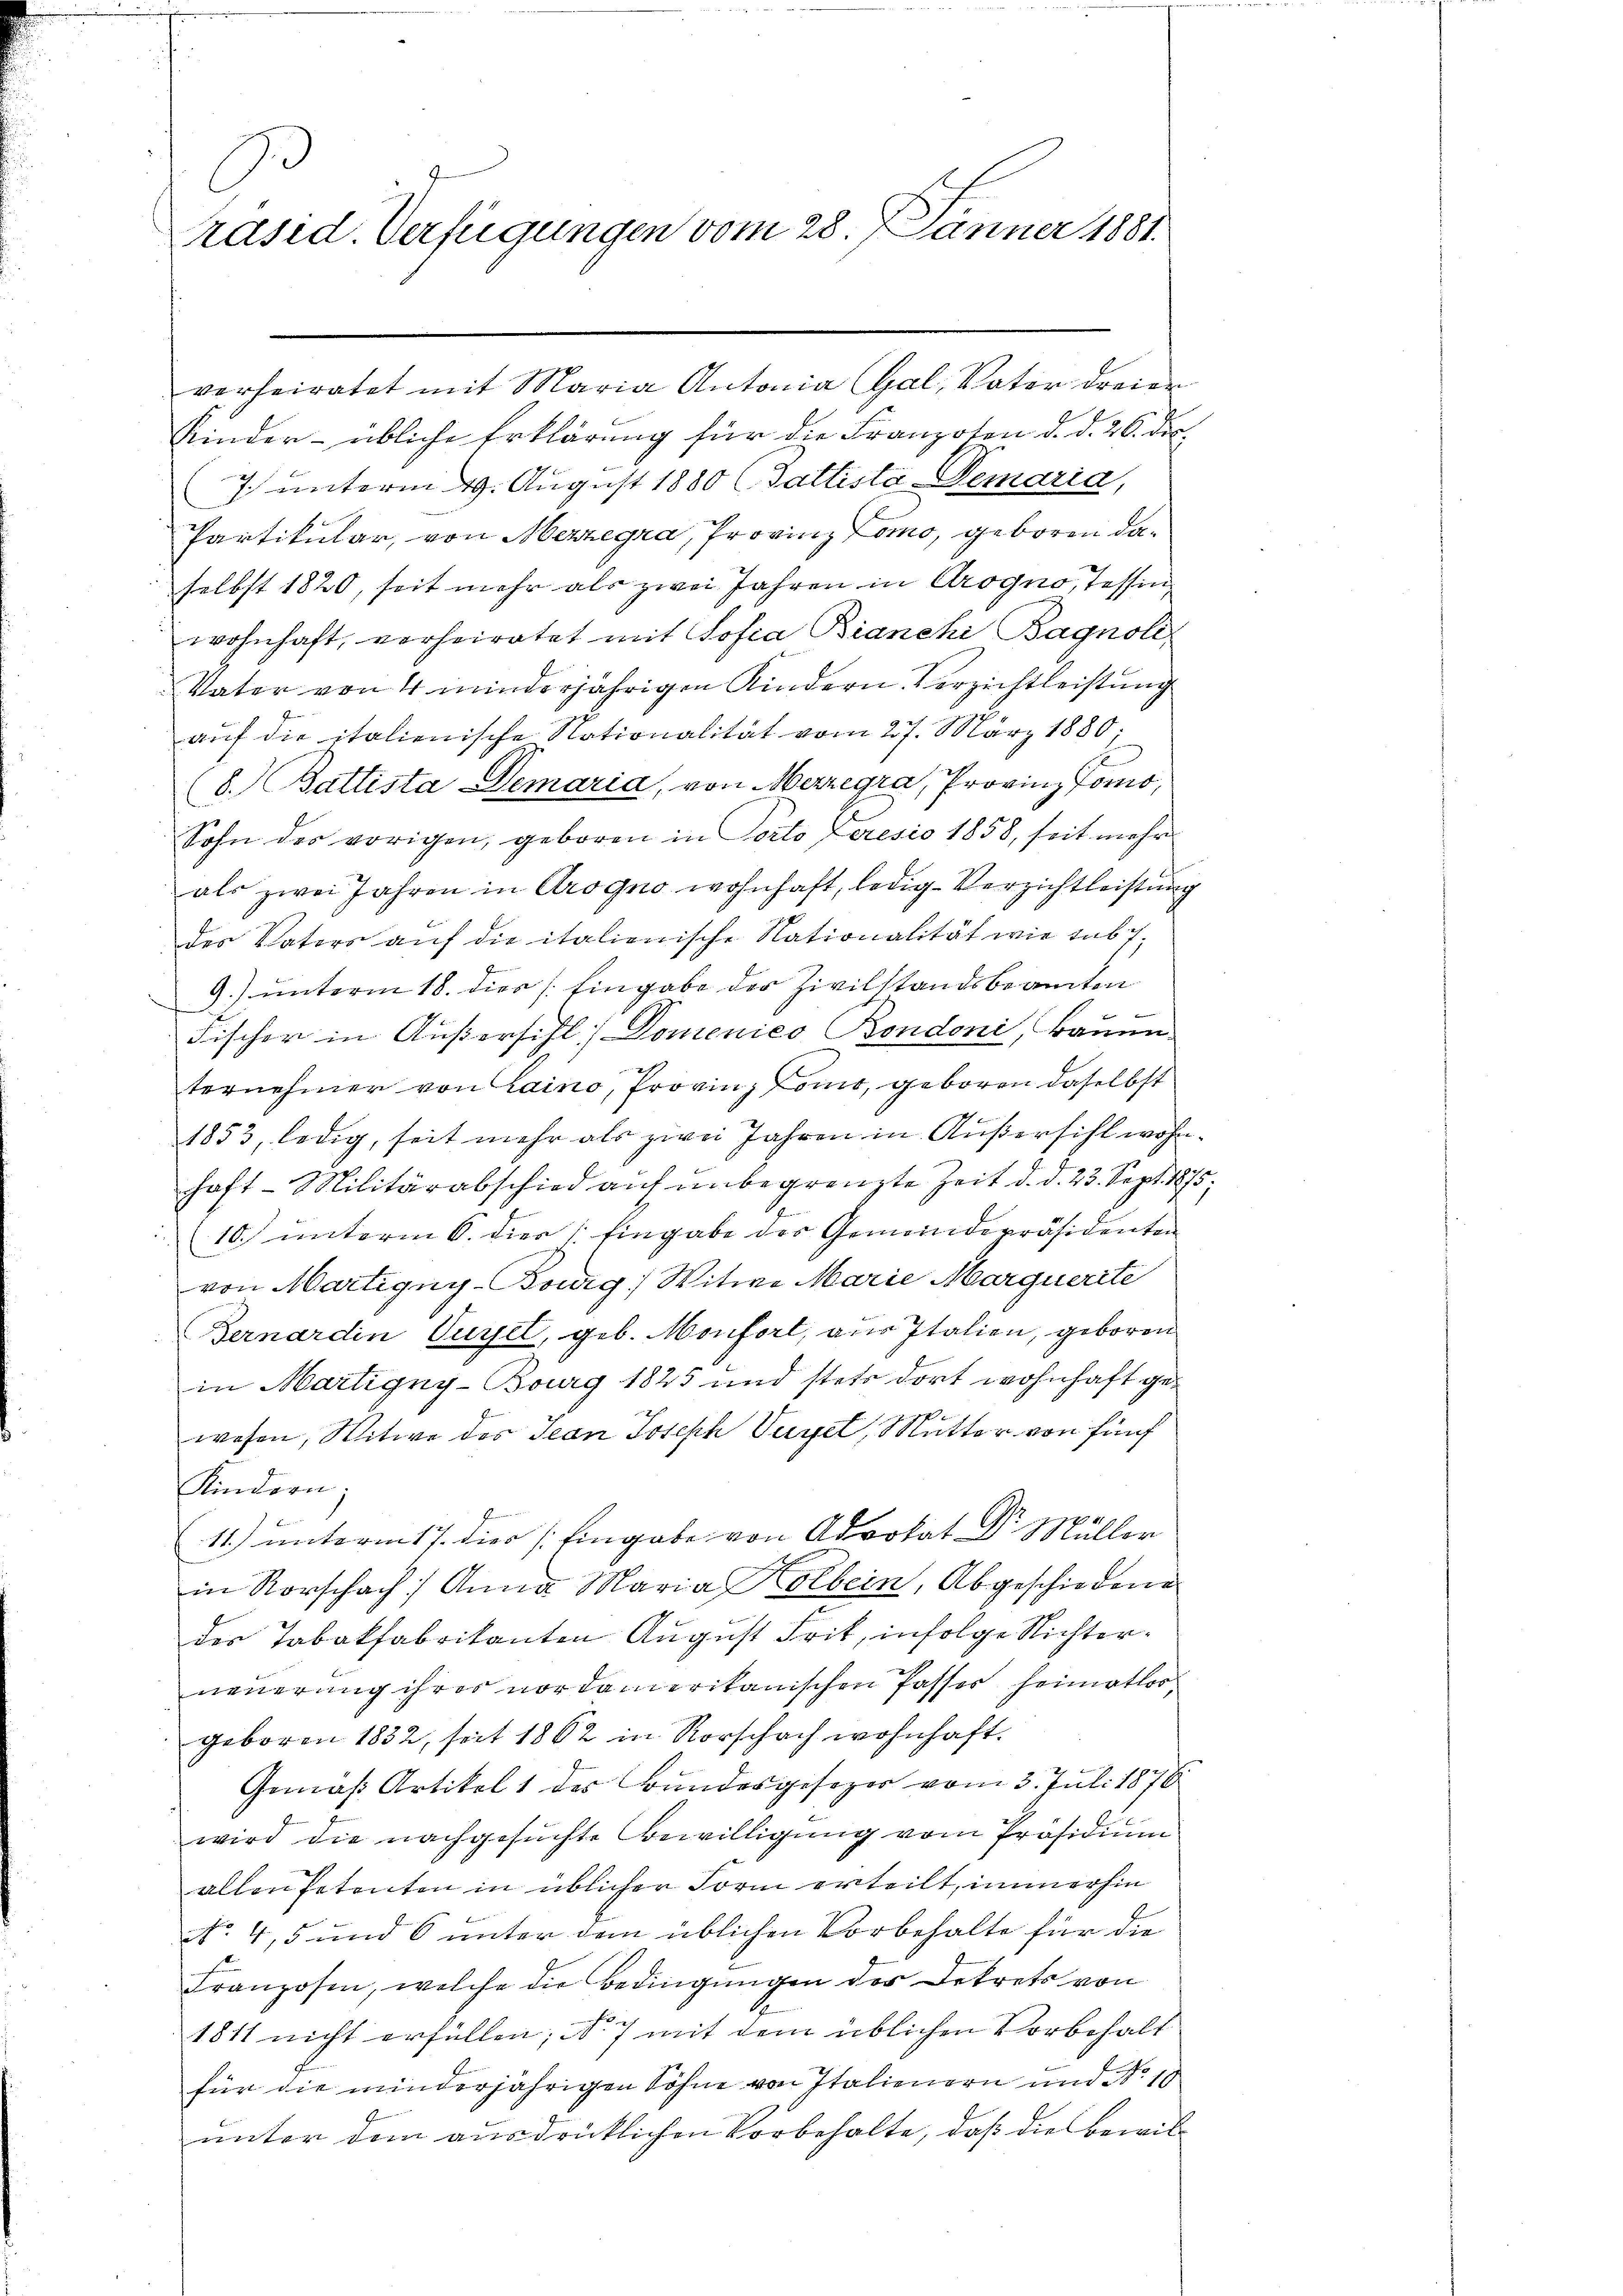
C
Präsid. Verfügungen vom 28. Jänner 1881.

Kinder - übliche Erklärung für die Franzoten d. d. 26. dir.
7. unterm 29. August 1880 (Gattistá-Demaria,
Partikular, von Mezzegra, Provinz Lomo, geboren daselbst 1820, seit mehr als zwei Jahren in Crogno, Tessin
wohnhaft, verheiratet mit Sofia Bianchi Bagnoli
Vater von 4 minderjährigen Kindern Verzichtleistung
auf die italienische Nationalität vom 27. März 1880;
(8. Battista Demaria, von Merzegia, Provinz Toms,
Sohn des vorigen, geboren in orto Leresio 1858, seit mehr
als zwei Jahren in Crogno wohnhaft, ledig-Verzichtleistung
des Vaters auf die italienische Nationalität wie sub 7;
9.) unterm 18. dies /: Eingabe der Zivilstandsbeamten
Fischer in Außersihl, Domenico Bondoni, Baum-
ternehmer von Laino, Provinz Como, geboren daselbst
1853, ledig, seit mehr als zwei Jahren in Außersihl wohnhaft-Militärabschied aŭf ŭnbegrenzte Zeit d. d. 23. Sept. 1875;
10.) unterm 6. dies /: Eingabe der Gemeindepräsidenten
von Martigny-Bourg, Witwe Marie Marquerite
Bernardin Vuret, geb. Monfort, aus Italien, geboren
in Martigny-Burg 1825 und stets dort wohnhaft gewesen, Witwe des Jean Joseph Vuxel, Mutter von fünf
Kindern;
11.) unterm 17. die Eingabe von Advokat Dr. Müller
in Rorschach Anna Maria Kolbein, Abgeschiedene
des Tabakfabrikanten August Frit, infolge Nichterneuerung ihres nordamerikanischen Passer heimatlos
geboren 1832, seit 1862 in Rorschach wohnhaft.
Gemäß Artikel 1 des Bundesgesezer vom 3. Juli 1876
wird die nachgesuchte Bewilligung vom Präsidium
allen Petenten in üblicher Form erteilt, immerhin
No. 4, 5 und 6 unter dem üblichen Vorbehalte für die
Franzosen, welche die Bedingungen des Dekrets von
1811 nicht erfüllen; No 7 mit dem üblichen Vorbehalt
für die minderjährigen Söhne von Italienern und No 10
unter dem ausdrücklichen Vorbehalte, daß die Bewil¬

verheiratet mit Maria Antonia Gal, Vater dreier